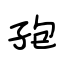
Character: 孢